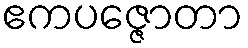
ဧကပဇ္ဇောတာ